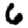
Digit: 6